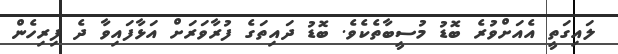
ލައިގަތީ އެއަށްވުރެ ބޮޑު މުސީބާތެކެވެ. ބޮޑު ދައިތަގެ ފުރާވަރަށް އަޅާފައިވާ ދެ ފިރިހެން